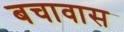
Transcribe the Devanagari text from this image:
बचावास